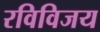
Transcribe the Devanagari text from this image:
रविविजय